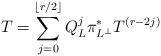
LaTeX: \begin{align*} T= \sum_{j=0}^{\lfloor r/2\rfloor} Q_L^j\pi_{L^\perp}^*T^{(r-2j)} \end{align*}